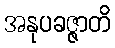
အနုပခဇ္ဇာတိ